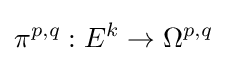
\pi ^{p,q}:E^{k}\rightarrow \Omega ^{p,q}